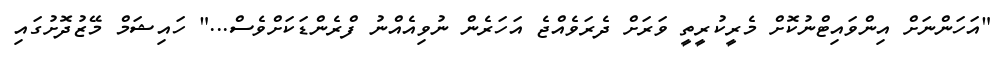
"އަހަންނަށް އިންވައިޓްނުކޮށް މެރީކުރީތީ ވަރަށް ދެރަވެއްޖެ އަހަރެން ނުވިއެއްނު ފްރެންޑަކަށްވެސް..." ހައިޝަމް މޭޒުދޮށުގައި